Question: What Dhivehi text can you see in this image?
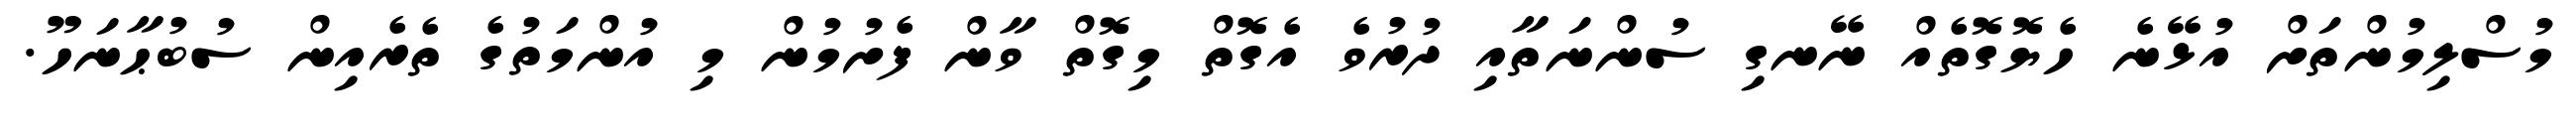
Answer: މުސްލިމުންތަށް އުޅޭނެ ހެޔޮގޮތެއް ނޭނގި ސުންނަތާއި ދުރުވެ އެގޮތް މިގޮތް ވާން ފެށުމުން މި އުންމަތުގެ ތެރެއިން ސުބުޙާނަހޫ.